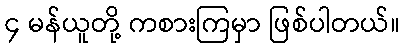
၄ မန်ယူတို့ ကစားကြမှာ ဖြစ်ပါတယ်။